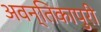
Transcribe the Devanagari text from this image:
अवन्तिकापुरी